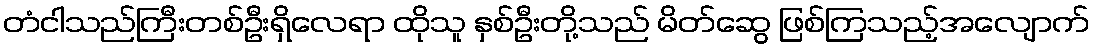
တံငါသည်ကြီးတစ်ဦးရှိလေရာ ထိုသူ နှစ်ဦးတို့သည် မိတ်ဆွေ ဖြစ်ကြသည့်အလျောက်